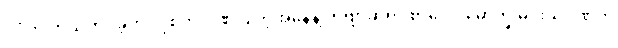
ပုဂံကို ကယ်တင်ခဲ့တဲ့ လုစ်ကို ဂုဏ်ပြုတဲ့အနေနဲ့ ကဗျာဆရာ စာပေပါမောက္ခ မင်းသုဝဏ်က